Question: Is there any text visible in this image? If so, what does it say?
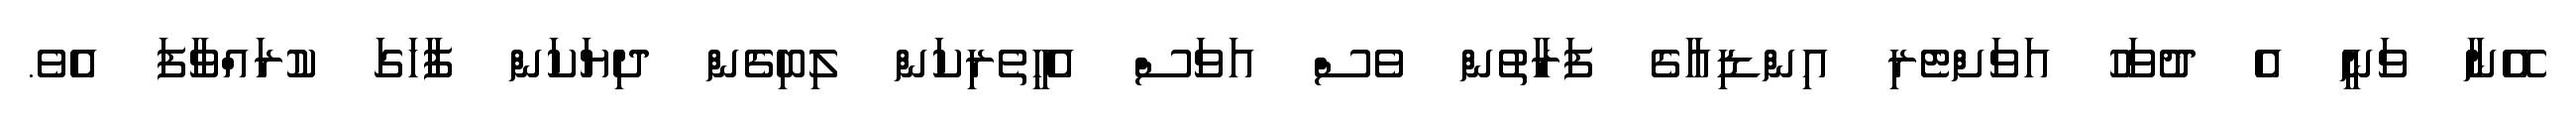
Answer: އޭނާ ވަނީ އެ ދުވަހު އަވަށްޓެރި އިންޑިއާގެ ފަރާތުން ވެސް އަވަސް އެހީތެރިކަން ލިބިގެން ދިޔަކަން ފާހަގަ ކުރައްވާފަ އެވެ.